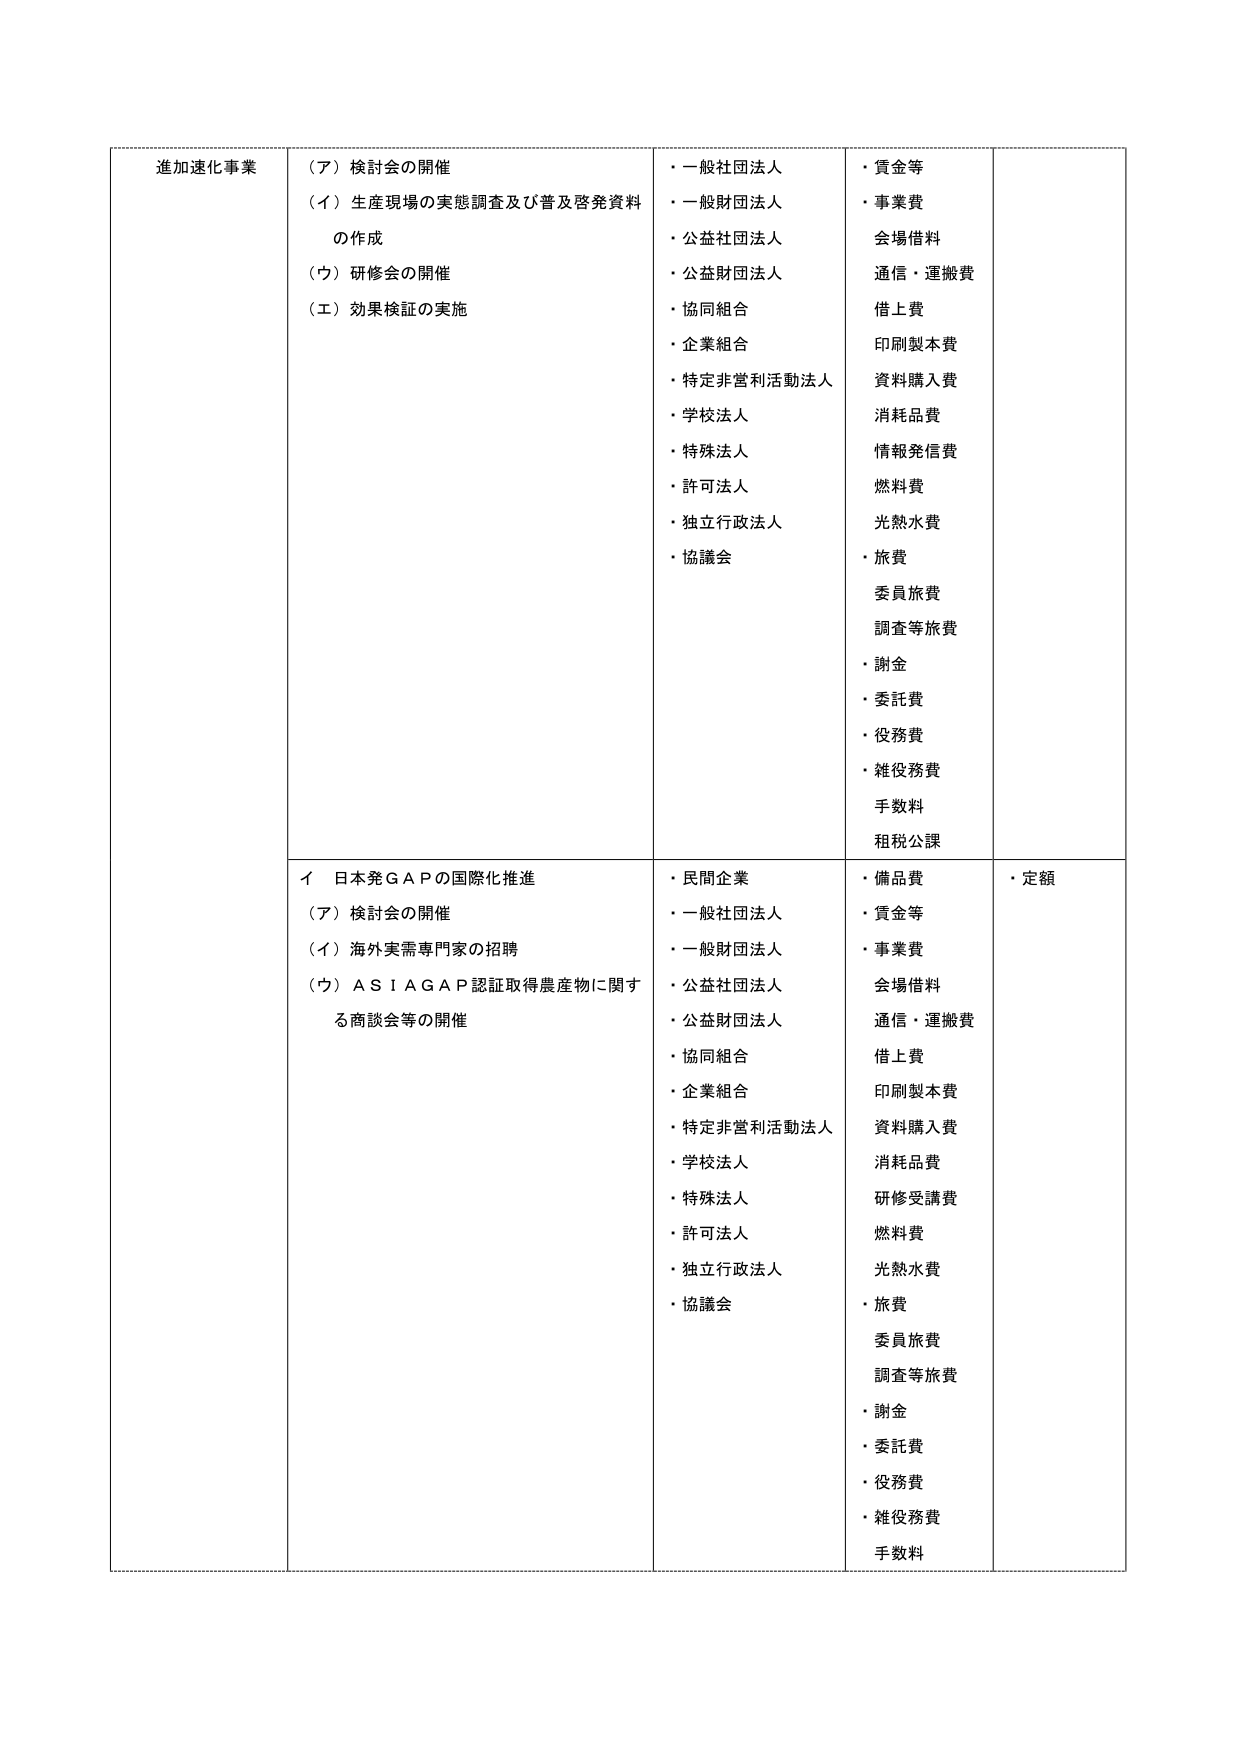
進加速化事業
（ア）検討会の開催
（イ）生産現場の実態調査及び普及啓発資料の作成
（ウ）研修会の開催
（エ）効果検証の実施

・一般社団法人
・一般財団法人
・公益社団法人
・公益財団法人
・協同組合
・企業組合
・特定非営利活動法人
・学校法人
・特殊法人
・許可法人
・独立行政法人
・協議会

・賃金等
・事業費
会場借料
通信・運搬費
借上費
印刷製本費
資料購入費
消耗品費
情報発信費
燃料費
光熱水費
・旅費
委員旅費
調査等旅費
・謝金
・委託費
・役務費
・雑役務費
手数料
租税公課

イ 日本発ＧＡＰの国際化推進
（ア）検討会の開催
（イ）海外実需専門家の招聘
（ウ）ＡＳＩＡＧＡＰ認証取得農産物に関する商談会等の開催

・民間企業
・一般社団法人
・一般財団法人
・公益社団法人
・公益財団法人
・協同組合
・企業組合
・特定非営利活動法人
・学校法人
・特殊法人
・許可法人
・独立行政法人
・協議会

・備品費
・賃金等
・事業費
会場借料
通信・運搬費
借上費
印刷製本費
資料購入費
消耗品費
研修受講費
燃料費
光熱水費
・旅費
委員旅費
調査等旅費
・謝金
・委託費
・役務費
・雑役務費
手数料

・定額